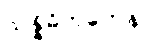
သန္နိဓိကတေန